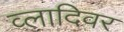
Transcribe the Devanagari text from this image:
व्लादिवर